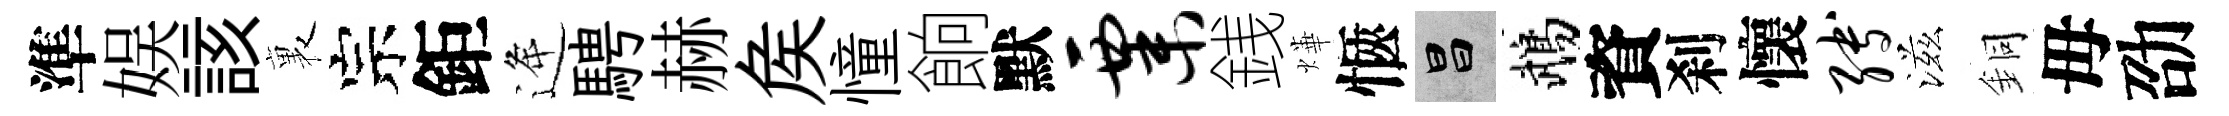
準娱該裏宗鉅逄騁赫矦憧餉默粟銭燁愜昌鵡資刹懷缚滋銅母劭